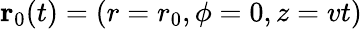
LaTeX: \mathbf{r}_{0}(t)=(r=r_{0},\phi=0,z=vt)